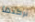
تركتها